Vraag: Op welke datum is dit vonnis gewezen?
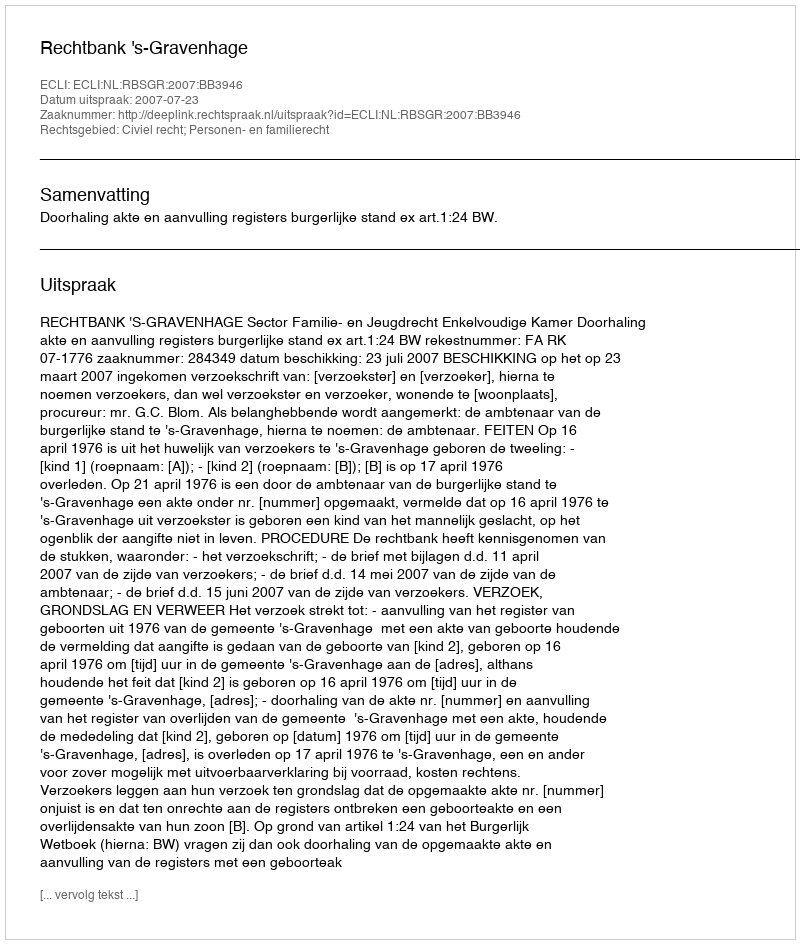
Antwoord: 2007-07-23